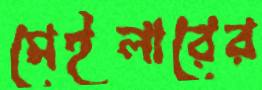
মেইলারের